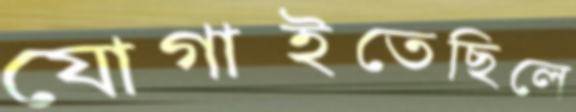
যোগাইতেছিলে